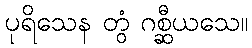
ပုရိသေန တွံ ဂစ္ဆီယသေ။